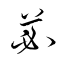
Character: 苾